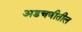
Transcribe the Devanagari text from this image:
अडचणीतील